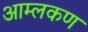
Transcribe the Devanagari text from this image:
आम्लकण